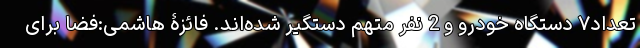
تعداد۷ دستگاه خودرو و 2 نفر متهم دستگیر شده‌اند. فائزۀ هاشمی:فضا برای